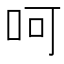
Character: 呵